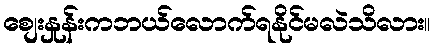
စျေးနှုန်းကဘယ်လောက်ရနိုင်မလဲသိလား။